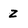
Character: z